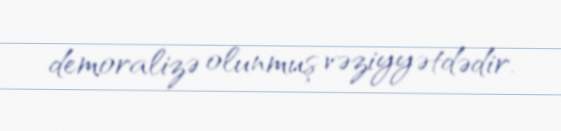
demoralizə olunmuş vəziyyətdədir.